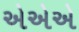
એએએ